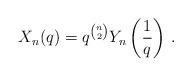
LaTeX: \begin{align*}X_n(q)=q^{{n\choose 2}}Y_n\left(\frac{1}{q}\right)\,.\end{align*}